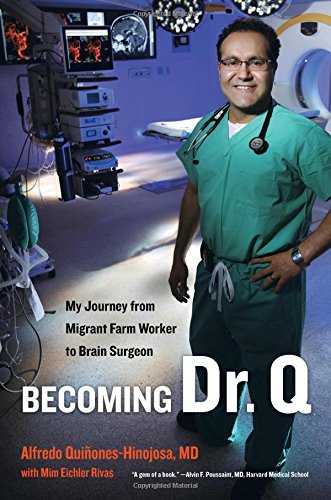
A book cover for Becoming Dr. Q: My Journey from Migrant Farm Worker to Brain Surgeon; Alfredo Quinones-Hinojosa; Biographies & Memoirs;